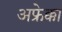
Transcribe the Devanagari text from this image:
अफ्रेक्का